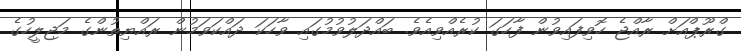
ގްރޫޕްއަށް ރާއްޖެ ހޮވިފައިވުން ފާހަގަ ކުރެއްވިއެވެ. ބައްދަލުވުމުގައި ވާހަކަ ދައްކަވަމުން ރައްޔިތުންގެ މަޖިލީހުގެ